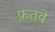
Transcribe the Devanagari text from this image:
फ़तवे